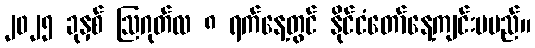
၂၀၂၅ ခုနှစ် ဩဂုတ်လ ၈ ရက်နေ့တွင် နိုင်ငံတော်နေ့ကျင်းပမည်။